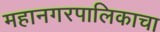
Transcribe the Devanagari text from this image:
महानगरपालिकाचा